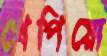
খেপিয়ো